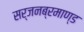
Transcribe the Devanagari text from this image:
सर्जनब्रमाण्ड